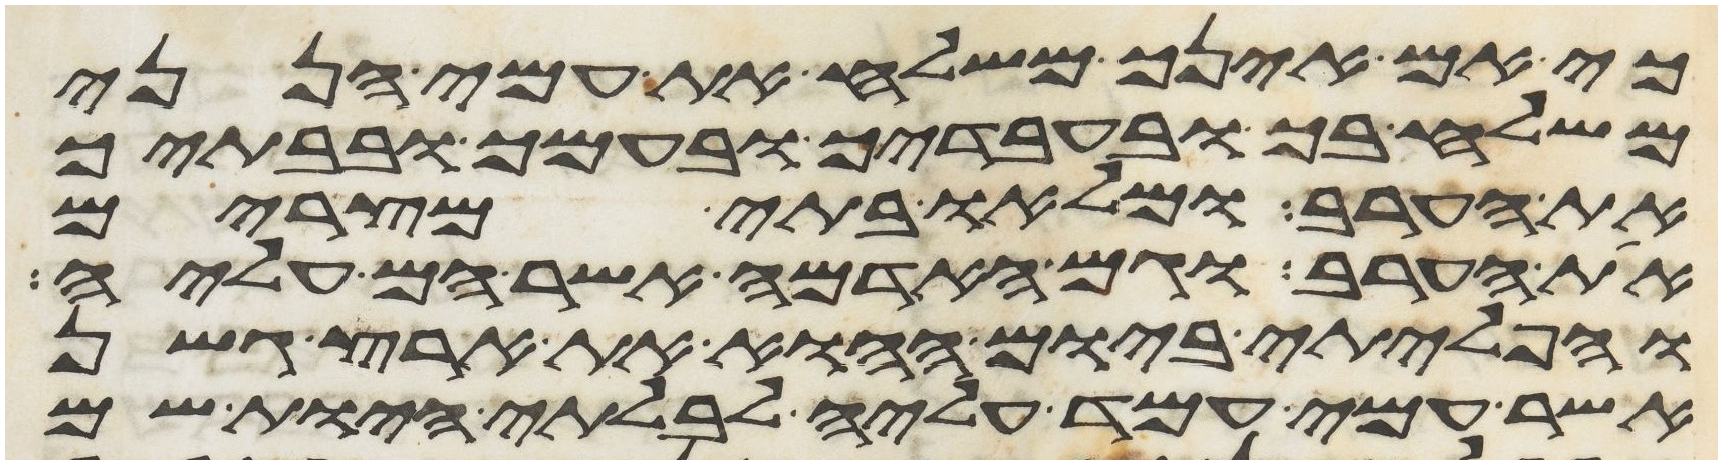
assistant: כי אם אינך משלח את עמי הנני
משלח בך ובעבדיך ובעמך ובבתיך
את הערב ומלאו בתי מצרים
את הערב וגם האדמה אשר הם עליה
והפליתי ביום ההוא את ארץ גשן
אשר עמי עמד עליה לבלתי היות שם